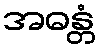
အဓန္တံ